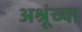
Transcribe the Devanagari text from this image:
अश्रूंच्या